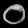
Digit: ၀